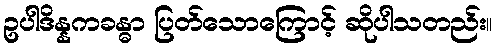
ဥပါဒိန္နကခန္ဓာ ပြတ်သောကြောင့် ဆိုပါသတည်း။